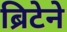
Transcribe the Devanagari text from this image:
ब्रिटेने